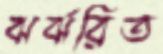
ঝর্ঝরিত